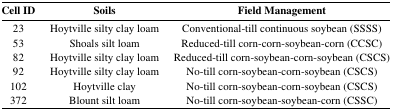
<table><thead><tr><td><b>Cell ID</b></td><td><b>Soils</b></td><td><b>Field Management</b></td></tr></thead><tbody><tr><td>23</td><td>Hoytville silty clay loam</td><td>Conventional-till continuous soybean (SSSS)</td></tr><tr><td>53</td><td>Shoals silt loam</td><td>Reduced-till corn-corn-soybean-corn (CCSC)</td></tr><tr><td>82</td><td>Hoytville silty clay loam</td><td>Reduced-till corn-soybean-corn-soybean (CSCS)</td></tr><tr><td>92</td><td>Hoytville silty clay loam</td><td>No-till corn-soybean-corn-soybean (CSCS)</td></tr><tr><td>102</td><td>Hoytville clay</td><td>No-till corn-soybean-corn-soybean (CSCS)</td></tr><tr><td>372</td><td>Blount silt loam</td><td>No-till corn-soybean-soybean-corn (CSSC)</td></tr></tbody></table>